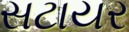
સટાયર